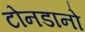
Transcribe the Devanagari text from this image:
टोनडानो